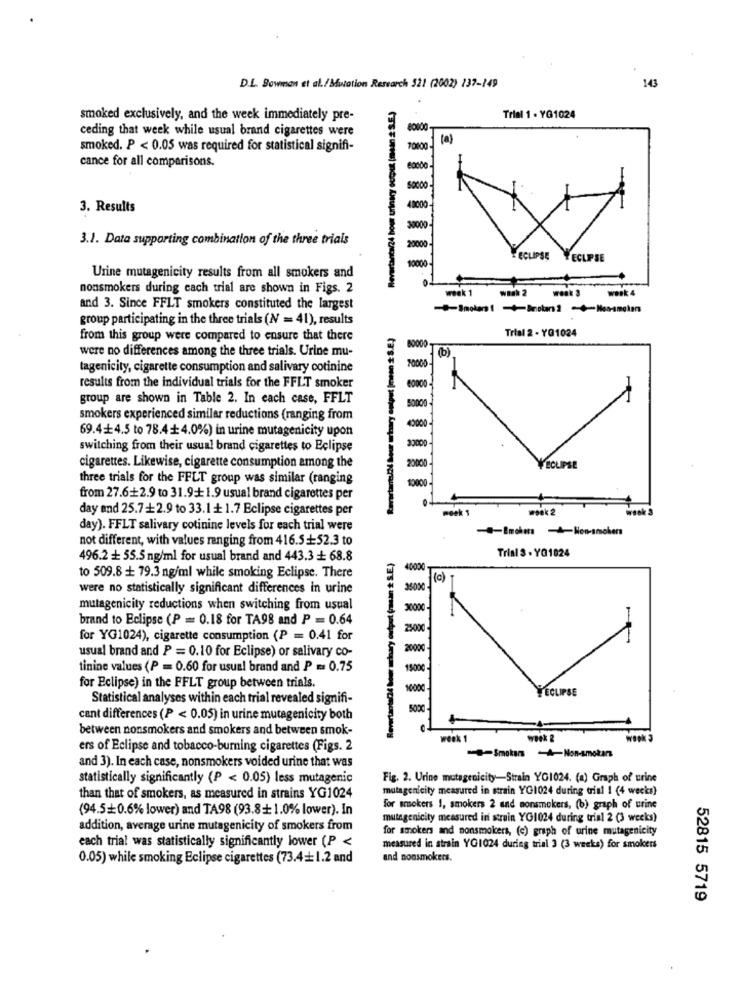
D.L. Bowman et al./Mutation Research 521 (2002) 237-149
143
smoked exclusively, and the week immediately pre-
Trial 1 . YG1024
ceding that week while usual brand cigarettes were
smoked. P < 0.05 was required for statistical signifi-
cance for all comparisons.
3. Results
3.1. Data supporting combination of the three trials
ECLIPSE ECLIPSE
Urine mutagenicity results from all smokers and
nonsmokers during cach trial are shown in Figs. 2
week 1
werk 4
and 3. Since FFLT smokers constituted the largest
group participating in the three trials (N = 41), results
Trial 2 - YQ1024
from this group were compared to ensure that there
were no differences among the three trials. Urine mu-
(b)
tagenicity, cigarette consumption and salivary cotinine
results from the individual trials for the FFLT smoker
group are shown in Table 2. In each case, FFLT
smokers experienced similar reductions (ranging from
69.4+4.5 to 78.4+4.0%) in urine mutagenicity upon
switching from their usual brand cigarettes to Eclipse
cigarettes. Likewise, cigarette consumption among the
10000
YECLIPSE
three trials for the FFLT group was similar (ranging
10000
from 27.6+2.9 to 31.9+1.9 usual brand cigarettes per
day and 25.7+2.9 to 33.1+ 1.7 Eclipse cigarettes per
meek 1
woek 2
day). FFLT salivary cotinine levels for each trial were
-Encken Non-smokers
not different, with values ranging from 416.5+52.3 to
Trial 3 - YQ1024
496.2 + 55.5 ng/ml for usual brand and 443.3 + 68.8
40000
to 509.8 + 79.3 ng/ml while smoking Eclipse. There
(c)
were no statistically significant differences in urine
mutagenicity reductions when switching from usual
30000
brand to Eclipse (P = 0.18 for TA98 and P = 0.64
for YG1024), cigarette consumption (P = 0.41 for
usual brand and P = 0.10 for Eclipse) or salivary co-
20000
tinine values (P = 0.60 for usual brand and P = 0.75
15000
for Eclipse) in the FFLT group between trials.
YECLIPSE
Statistical analyses within each trial revealed signifi-
500℃
cant differences (P < 0.05) in urine mutagenicity both
between nonsmokers and smokers and between smok-
Week
WORK &
ers of Eclipse and tobacco-burning cigarettes (Figs. 2
and 3). In each case, nonsmokers voided urine that was
statistically significantly (P < 0.05) less mutagenic
Fig. 2. Urine mutagenicity-Strain YG1024. (a) Graph of urine
mutagenicity measured in strain YG1024 during trial 1 (4 wecks)
than that of smokers, as measured in strains YG1024
(94.5+0.6% lower) and TA98 (93.8+1.0% lower). In
for smokers 1, smokers 2 and nonsmokers, (b) graph of urine
mutagenicity measured in strain YG1024 during trial 2 (3 weeks)
addition, average urine mutagenicity of smokers from
for smokers and nonsmokers, (c) graph of urine mutagenicity
each trial was statistically significantly lower (P <
measured in strain YG1024 during trial 3 (3 weeks) for smokers
0.05) while smoking Eclipse cigarettes (73.4+1.2 and
and nonsmokers.
52815 5719